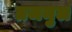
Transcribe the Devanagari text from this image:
तजमुल